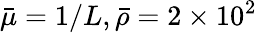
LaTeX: \bar{\mu}=1/L,\bar{\rho}=2\times 10^{2}